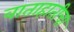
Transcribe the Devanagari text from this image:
वाताहातीचा